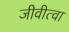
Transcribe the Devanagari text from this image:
जीवीत्वा